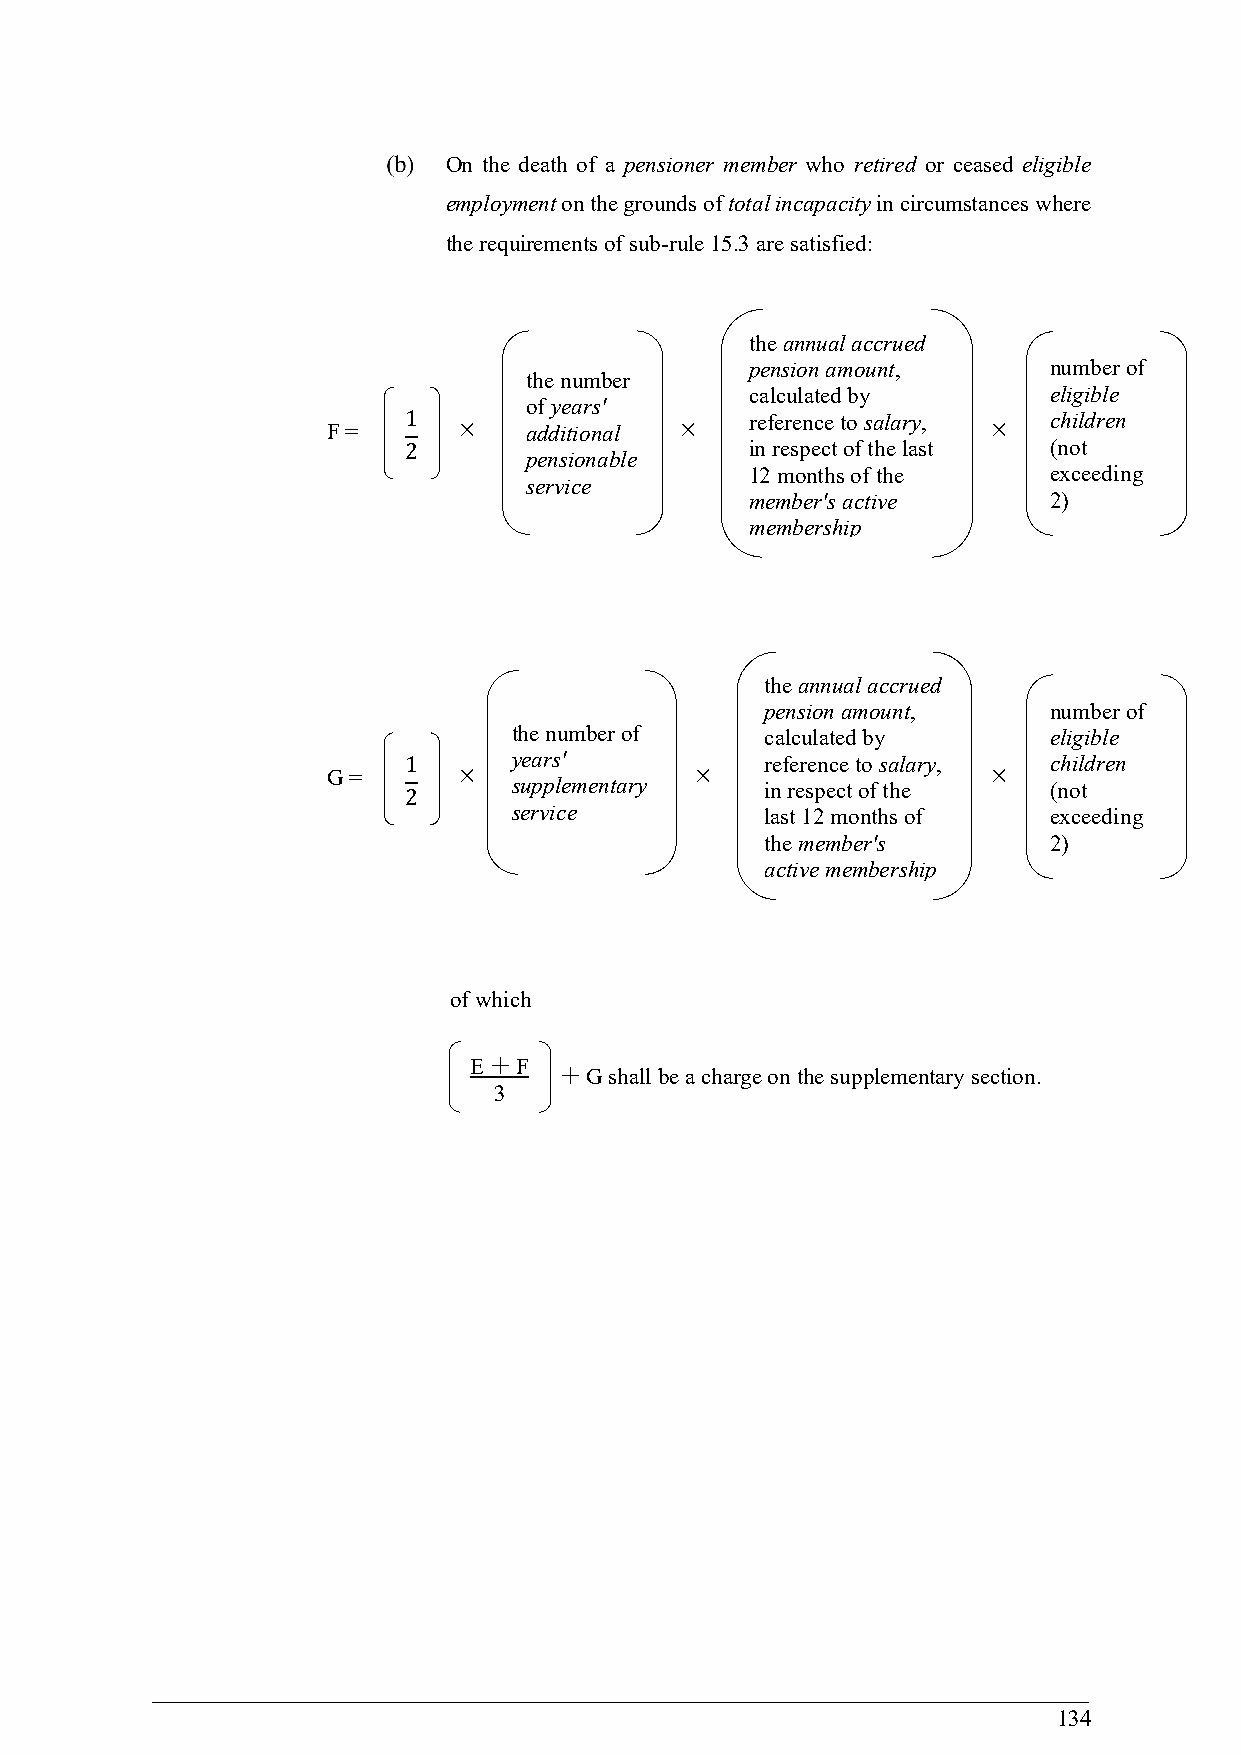
On the death of a pensioner member who retired or ceased eligible
 employment on the grounds of total incapacity in circumstances where
 the requirements of sub-rule 15.3 are satisfied:
 the annual accrued
 pension amount,    number of
 the number
 calculated by      eligible
 of years'
 1                      reference to salary, children
 F =         additional                   
 2                      in respect of the last (not
 pensionable
 12 months of the   exceeding
 service
 member's active    2)
 membership
 the annual accrued
 pension amount,   number of
 the number of    calculated by     eligible
 1      years'           reference to salary, children
 G =     
 supplementary
 
 in respect of the
 
 (not
 2
 service          last 12 months of exceeding
 the member's      2)
 active membership
 of which
 E  F
  G shall be a charge on the supplementary section.
 3
 134